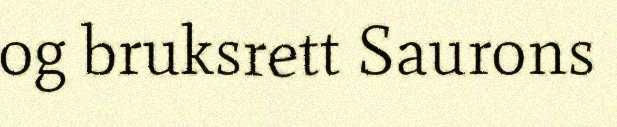
og bruksrett Saurons